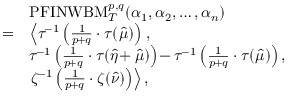
\begin{array} { r l } & { \mathrm { P F I N W B M } _ { T } ^ { p , q } ( \alpha _ { 1 } , \alpha _ { 2 } , \ldots , \alpha _ { n } ) } \\ { = } & { \left\langle \tau ^ { \! - 1 } \left( \frac { 1 } { p \! + q } \cdot \tau ( \hat { \mu } ) \right) \right. , } \\ & { \tau ^ { \! - 1 } \left( \frac { 1 } { p \! + q } \cdot \tau ( \hat { \eta } \! + \hat { \mu } ) \right) \! - \tau ^ { \! - 1 } \left( \frac { 1 } { p \! + q } \cdot \tau ( \hat { \mu } ) \right) , } \\ & { \left. \zeta ^ { \! - 1 } \left( \frac { 1 } { p \! + q } \cdot \zeta ( \hat { \nu } ) \right) \right\rangle , } \end{array}